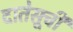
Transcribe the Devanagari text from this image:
दातेसूची